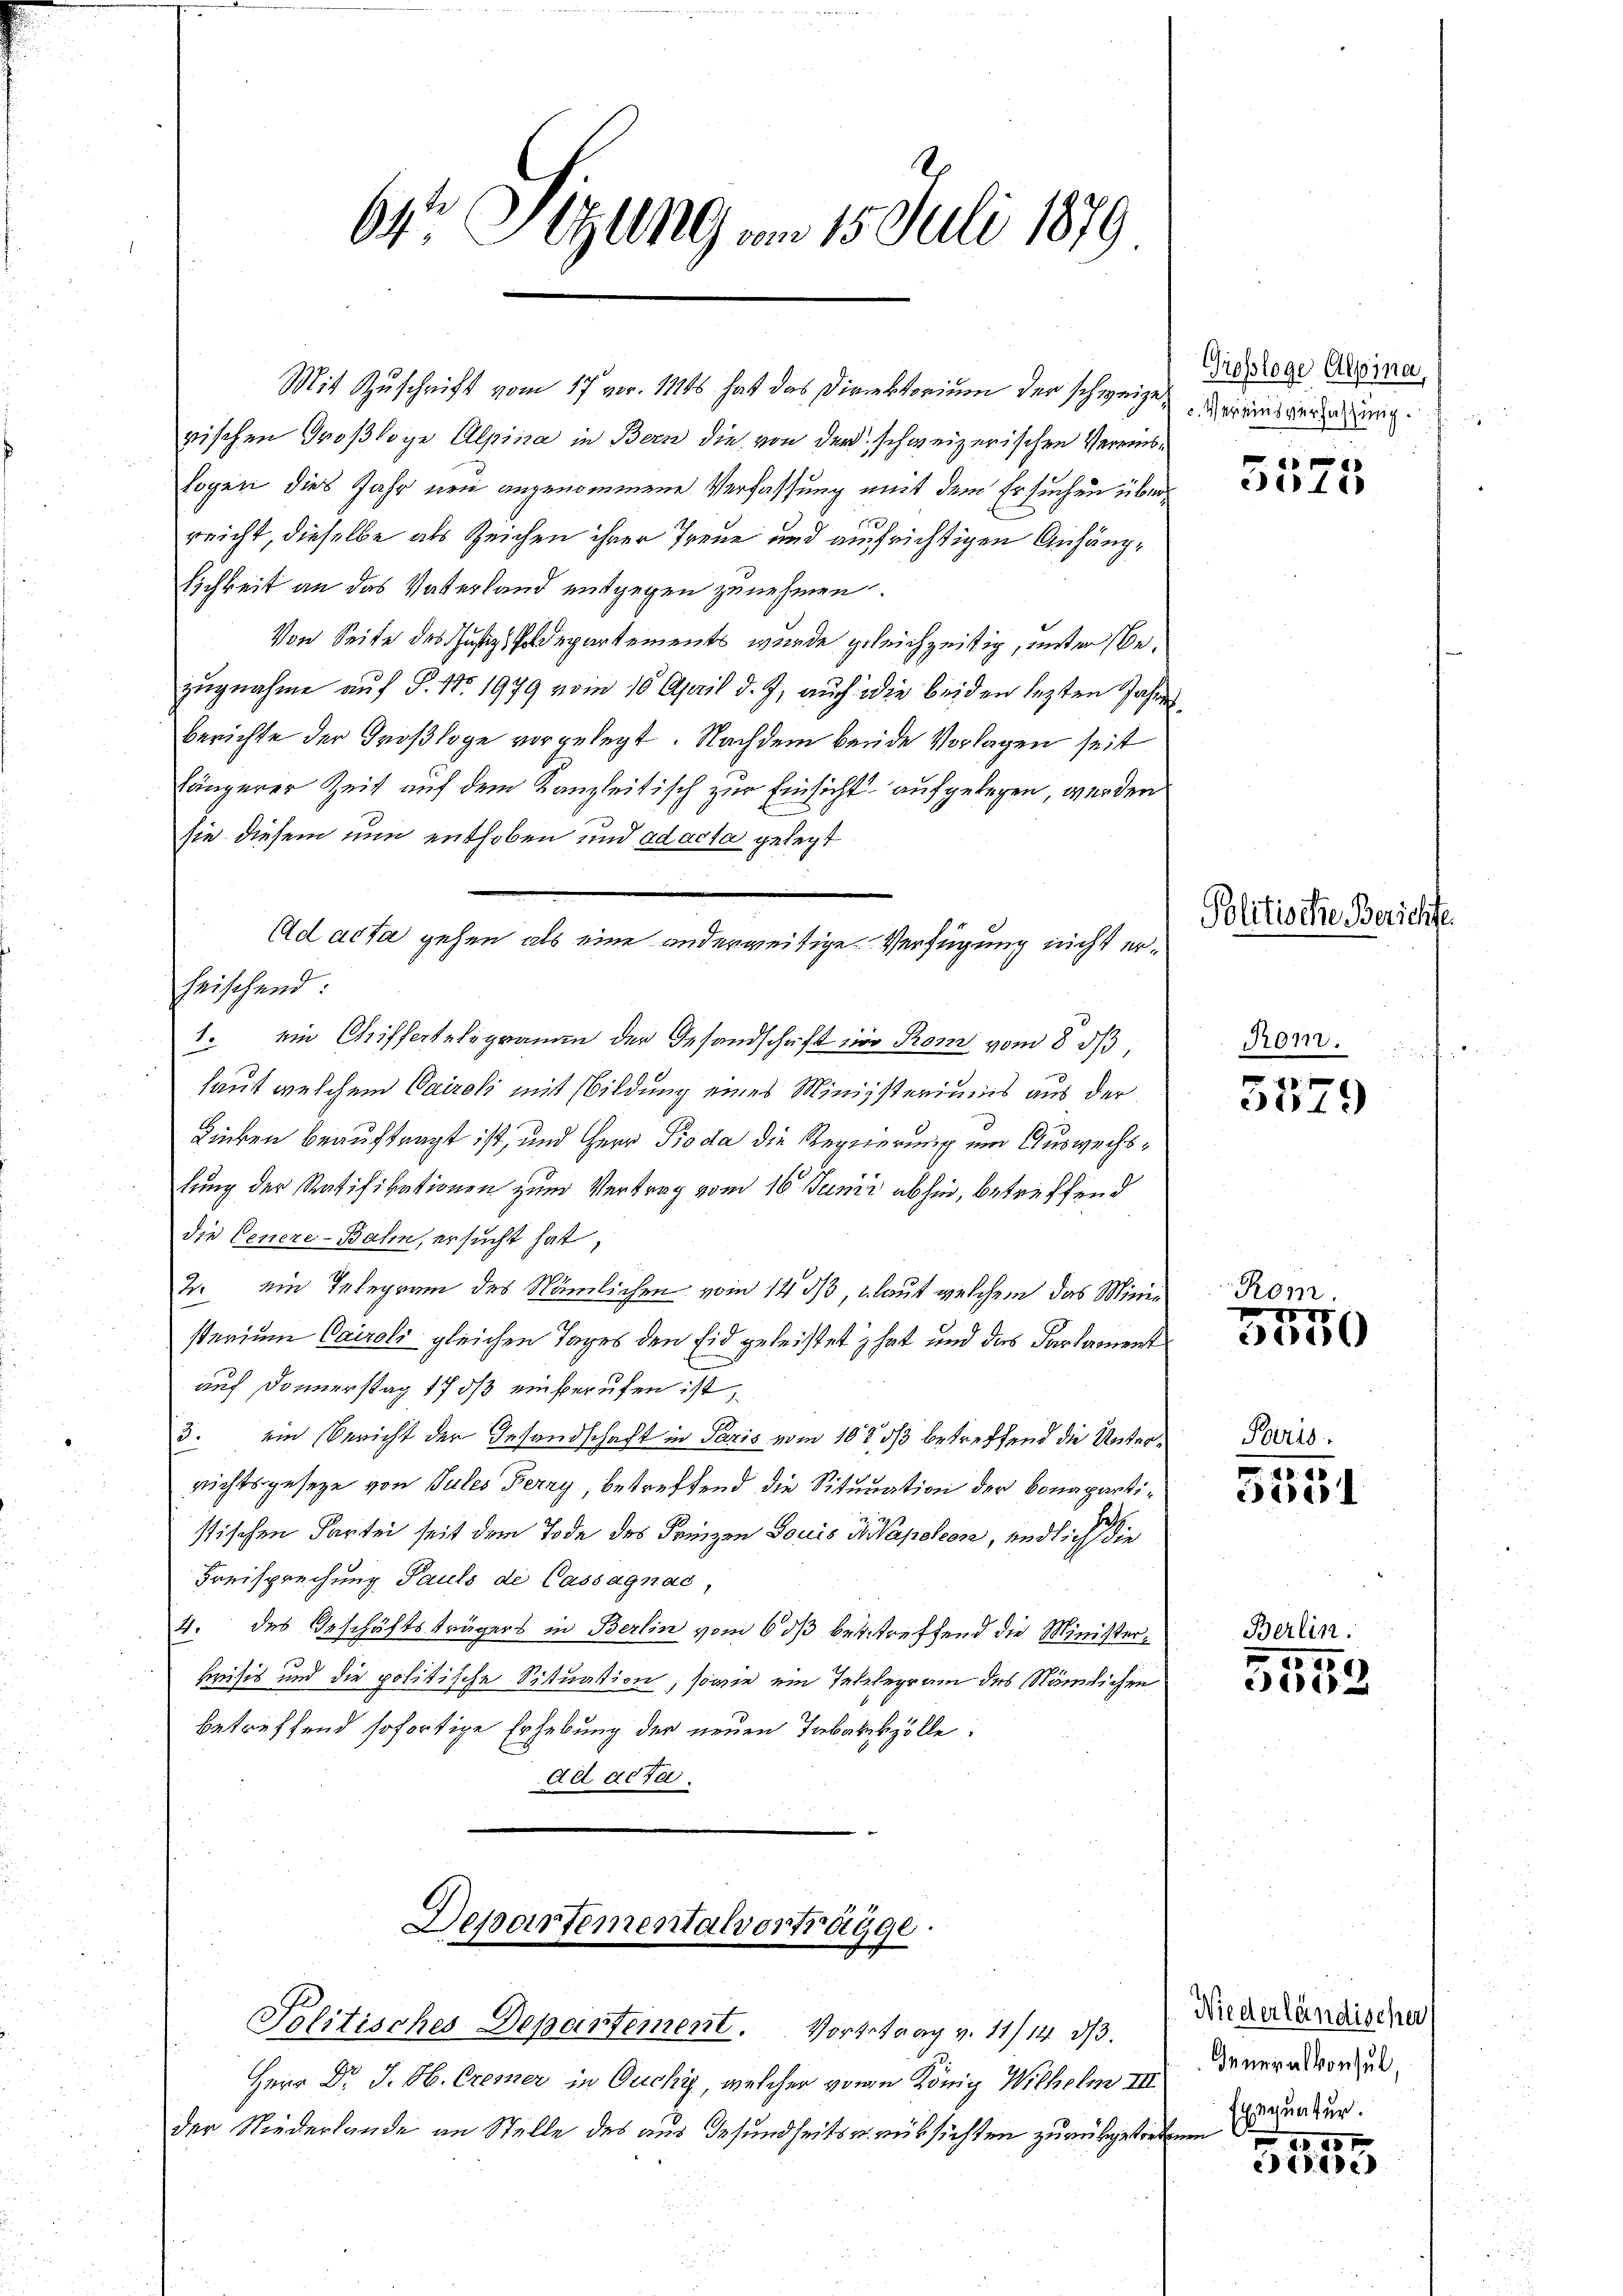
6 Sizung vom 15. Juli 1879

rischen Großloge Alpina in Bern die von der schweizerischen Vereinslogen dies Jahr neu angenommene Verfassung mit dem Ersuchen überreicht, dieselbe als Zeichen ihrer Treue und aufrichtigen Anhänglichkeit an das Vaterland entgegen zunehmen.
Von Seite des Justizdepartements wurde geleichzeitig, unter Bezugnahme auf S. 11. 1979 vom 10 April d. J. auch die beiden lezten Jahres
berichte der Großloge vorgelegt. Nachdem beide Vorlagen seit
fängerer Zeit auf dem Kanzleitisch zur Einsicht aufgelegen, werden
sie diesem nun enthoben und ad acta gelegt
Ad acta gehen als eine anderweitige Verfügung nicht erheischend:
1. ein Chifferteligramm der Gesandschaft und Rom vom 8 1/3
laut welchem Cairoli mit bildung eines Ministeriums aus der
Linken beauftragt ist, und Herr Pioda die Regierung um Auswechslung der Ratifikationen zum Vertrag vom 16. Junii abhin, betreffend
die Cencze-Bahn, ersucht hat,
J. ein Telegram des Nämlichen vom 14 dß, laut welchem das Minie
sterium Cairoli gleichen Tages den Eid geleistet hat und das Parlament
auf Donnerstag 17 ds einberufen ist,
3. ein Bericht der Gesandschaft in Paris vom 10t ds betreffend die Unternichtsgeseze von Jules Ferry, betreffend die Situation der Conapartistischen Partei seit dem Tode des Prinzen Louis in Wapoleon, endlich die
Freisprechung Pauls de Cassagnac,
4. des Geschäftsträgers in Berlin vom 6. ds betreffend die Ministerkrisis und die politische Situation, sowie ein Tetzlegram des Nämlichen
betreffend sofortige Erhebung der neuen Taborkzölle
ad acta.

Departementalvorträgge.

Mit Zuschrift vom 17. vor. 111 hat das Direktorium der schweizer Vereinsweisung

Politisches Departement. Vorgetrag v. 11/14. d.
Herr Dr. J. Ob. Cremer in Ouchy, welcher von König Wilhelm III
der Niederlande an Stelle des aus Gesundheits u. rüksichten zurückgetretenen

Grossloge Alpina,

3073

Politische Zürich

Rom.

.
304)

Rom.
I
e

Paris

5551

75
3032

Berlin.

Niederländischer
Generalkonsul,
Exequatur.

251
1e